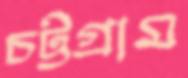
চট্টগ্রাম